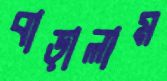
বাড়ালাম